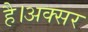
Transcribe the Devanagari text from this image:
है।अक्सर